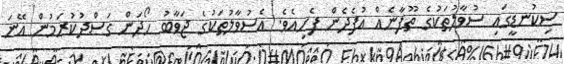
ސިކުނޑީގައި ސުވާލުތަކުގެ ތޫފާނެއް އުފެދެން ފެށިއެވެ. އެސުވާލުތަކުގެ ޖަވާބު ހޯދަން ގަސްދުކުރަމުން އޭނަ